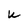
Character: U